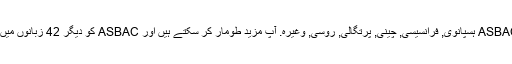
واپسی کے طور پر ، ہم کی مخفف کا ترجمہ کیا ہے ASBAC ہسپانوی, فرانسیسی, چینی, پرتگالی, روسی, وغیرہ. آپ مزید طومار کر سکتے ہیں اور ASBAC کو دیگر 42 زبانوں میں معنی تلاش کرنے کے لیے زبان مینیو پر کلک کریں ۔